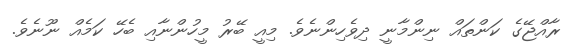
ރާއްޖޭގެ ކަންތައް ނިންމާނީ ދިވެހިންނެވެ. މިއީ ބޭރު މީހުންނާއި ބެހޭ ކަމެއް ނޫނެވެ.